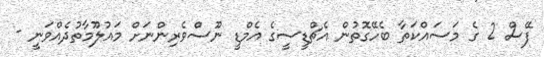
ފޭސް 2 ގެ މަސައްކަތާ ބެހޭގޮތުން އެޗްޑީސީގެ އެމްޑީ ނޫސްވެރިންނަށް މައުލޫމާތުދެއްވަނީ -